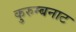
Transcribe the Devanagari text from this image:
कुरुम्बनाट